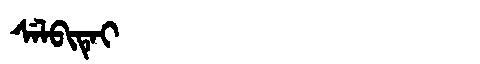
Manchu: ᠰᡝᠯᠪᡳᡨᡝᡳ
Romanization: SELBITEI